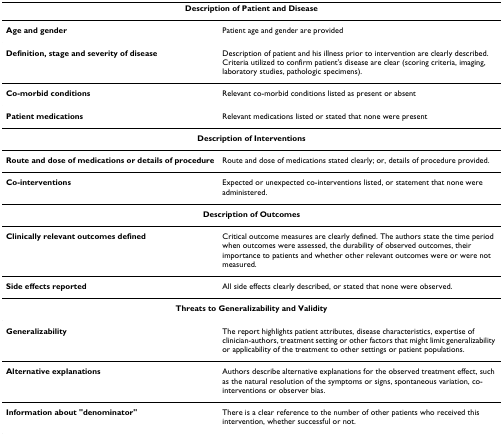
<table><thead><tr><td colspan="2"><b>Description of Patient and Disease</b></td></tr></thead><tbody><tr><td><b>Age and gender</b></td><td>Patient age and gender are provided</td></tr><tr><td><b>Definition, stage and severity of disease</b></td><td>Description of patient and his illness prior to intervention are clearly described. Criteria utilized to confirm patient&#x27;s disease are clear (scoring criteria, imaging, laboratory studies, pathologic specimens).</td></tr><tr><td><b>Co-morbid conditions</b></td><td>Relevant co-morbid conditions listed as present or absent</td></tr><tr><td><b>Patient medications</b></td><td>Relevant medications listed or stated that none were present</td></tr><tr><td colspan="2"><b>Description of Interventions</b></td></tr><tr><td><b>Route and dose of medications or details of procedure</b></td><td>Route and dose of medications stated clearly; or, details of procedure provided.</td></tr><tr><td><b>Co-interventions</b></td><td>Expected or unexpected co-interventions listed, or statement that none were administered.</td></tr><tr><td colspan="2"><b>Description of Outcomes</b></td></tr><tr><td><b>Clinically relevant outcomes defined</b></td><td>Critical outcome measures are clearly defined. The authors state the time period when outcomes were assessed, the durability of observed outcomes, their importance to patients and whether other relevant outcomes were or were not measured.</td></tr><tr><td><b>Side effects reported</b></td><td>All side effects clearly described, or stated that none were observed.</td></tr><tr><td colspan="2"><b>Threats to Generalizability and Validity</b></td></tr><tr><td><b>Generalizability</b></td><td>The report highlights patient attributes, disease characteristics, expertise of clinician-authors, treatment setting or other factors that might limit generalizability or applicability of the treatment to other settings or patient populations.</td></tr><tr><td><b>Alternative explanations</b></td><td>Authors describe alternative explanations for the observed treatment effect, such as the natural resolution of the symptoms or signs, spontaneous variation, co-interventions or observer bias.</td></tr><tr><td><b>Information about &quot;denominator&quot;</b></td><td>There is a clear reference to the number of other patients who received this intervention, whether successful or not.</td></tr></tbody></table>